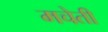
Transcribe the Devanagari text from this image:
मचेती